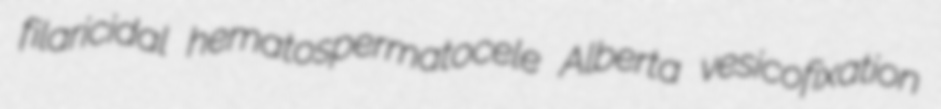
filaricidal hematospermatocele Alberta vesicofixation